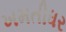
ખમતીધર